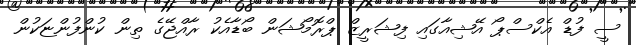
ސީ ފުޑް އެކްސްޕޯ އޭޝިއާގައި ފިޝަރީޒް ޕްރޮމޯޝަން ބޯޑާއެކު ރާއްޖޭގެ ތިން ކުންފުންޏަކުން